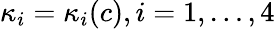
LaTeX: \kappa_{i}=\kappa_{i}(c),i=1,\ldots,4